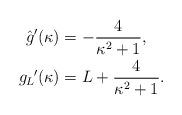
LaTeX: \begin{align*}\hat{g}^\prime(\kappa) &=-\frac{4}{\kappa^2 + 1}, \\\left. g_L \!\right.^\prime\!(\kappa) &=L+\frac{4}{\kappa^2 + 1}.\end{align*}